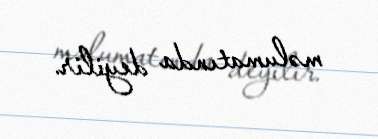
məlumatında deyilir.